Vaccination Hyderabad 1872-1889 - 1872-1889
Year: 1872
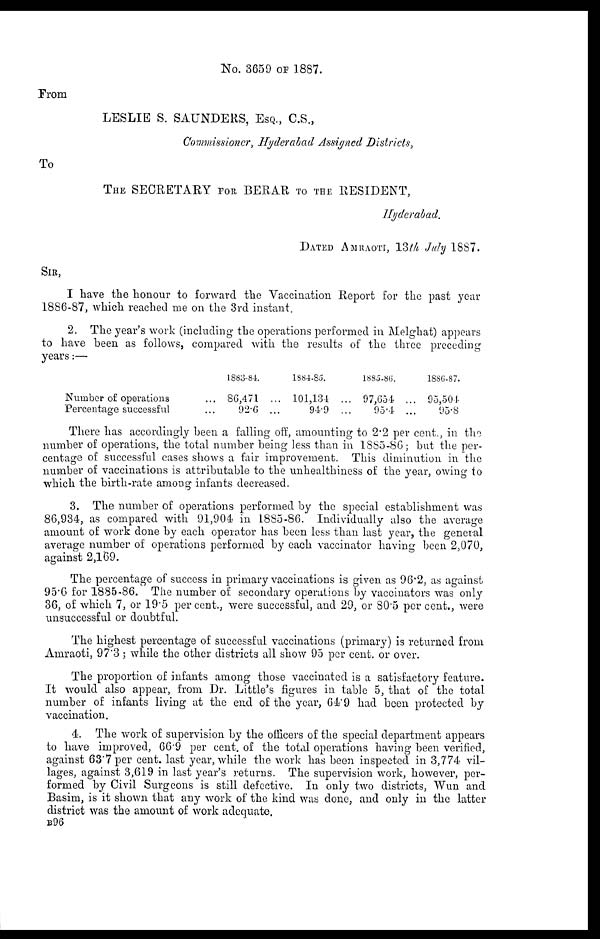
No. 3659 OF 1887.
From
LESLIE S. SAUNDERS, ESQ., C.S.,
Commissioner, Hyderabad Assigned Districts,
To
THE SECRETARY FOR BERAR TO THE RESIDENT,
Hyderabad.
DATED AMRAOTI, 13th July 1887.
SIR,
I have the honour to forward the Vaccination Report for the past year
1886-87, which reached me on the 3rd instant.
2. The year's work (including the operations performed in Melghat) appears
to have been as follows, compared with the results of the three preceding
years:—
Number of operations ...
Percentage successful ...
1883-84.
86,471 ...
92.6 ...
1884-85.
101,134 ...
94.9 ...
1885.86.
97,654 ...
95.4 ...
1886.87.
95,504
95.8
There has accordingly been a falling off, amounting to 2.2 per cent., in the
number of operations, the total number being less than in 1885-86; but the per-
centage of successful cases shows a fair improvement. This diminution in the
number of vaccinations is attributable to the unhealthiness of the year, owing to
which the birth-rate among infants decreased.
3. The number of operations performed by the special establishment was
86,934, as compared with 91,904 in 1885-86. Individually also the average
amount of work done by each operator has been less than last year, the general
average number of operations performed by each vaccinator having been 2,070,
against 2,169.
The percentage of success in primary vaccinations is given as 96.2, as against
95.6 for 1885-86. The number of secondary operations by vaccinators was only
36, of which 7, or 19.5 per cent., were successful, and 29, or 80.5 per cent., were
unsuccessful or doubtful.
The highest percentage of successful vaccinations (primary) is returned from
Amraoti, 97.3; while the other districts all show 95 per cent. or over.
The proportion of infants among those vaccinated is a satisfactory feature.
It would also appear, from Dr. Little's figures in table 5, that of the total
number of infants living at the end of the year, 64.9 had been protected by
vaccination.
4. The work of supervision by the officers of the special department appears
to have improved, 66.9 per cent. of the total operations having been verified,
against 63.7 per cent. last year, while the work has been inspected in 3,774 vil-
lages, against 3,619 in last year's returns. The supervision work, however, per-
formed by Civil Surgeons is still defective. In only two districts, Wun and
Basim, is it shown that any work of the kind was done, and only in the latter
district was the amount of work adequate.
B96